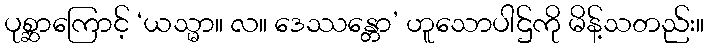
ပုစ္ဆာကြောင့် ‘ယသ္မာ။ လ။ ဒေဿန္တော’ ဟူသောပါဌ်ကို မိန့်သတည်း။